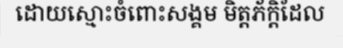
ដោយស្មោះចំពោះសង្គម មិត្តភ័ក្តិដែល